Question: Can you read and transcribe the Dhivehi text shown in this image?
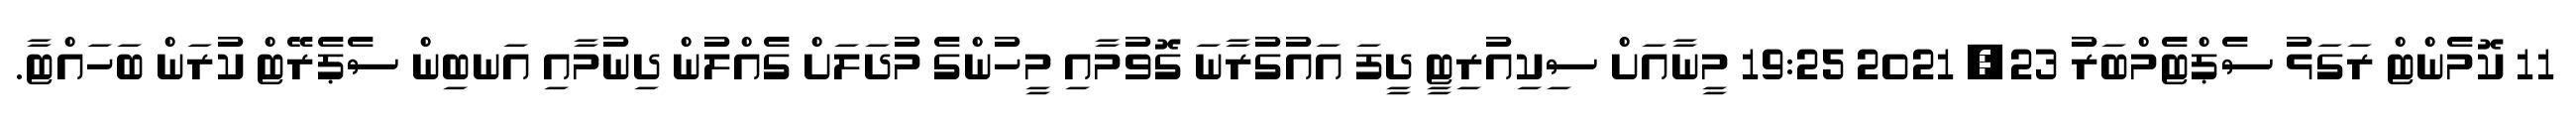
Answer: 11 ކޮމެންޓް ރަގަޅު ސެޕްޓެމްބަރު 23, 2021 19:25 މީނާއަށް ސިކިއުރިޓީ ދީފަ އައުގުރާނަ ގޮވުމާއި މީހުންގެ މުދަލަށް ގެއްލުން ދިނުމާއި އަނބިން ސެޕެރޭޓް ކުރަން ބަހައްޓާ.